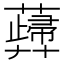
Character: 𧁻